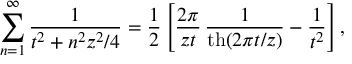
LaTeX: \sum _ { n = 1 } ^ { \infty } \frac { 1 } { t ^ { 2 } + n ^ { 2 } z ^ { 2 } / 4 } = \frac 1 2 \left[ \frac { 2 \pi } { z t } \, \frac { 1 } { \mathrm { t h } ( 2 \pi t / z ) } - \frac { 1 } { t ^ { 2 } } \right] ,